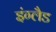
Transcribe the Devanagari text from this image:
इंग्‍लैड